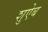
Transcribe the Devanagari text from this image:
शुऐब